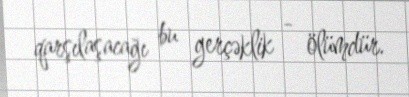
qarşılaşacağı bu gerçəklik - ölümdür.